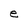
Character: e